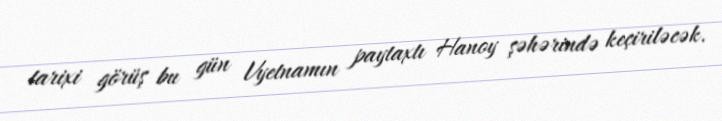
tarixi görüş bu gün Vyetnamın paytaxtı Hanoy şəhərində keçiriləcək.